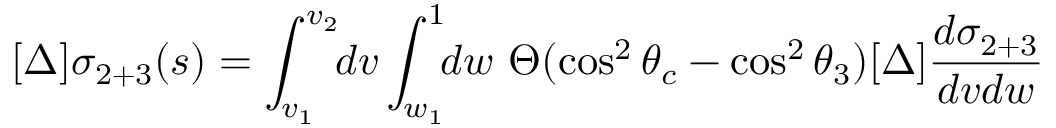
[ \Delta ] \sigma _ { 2 + 3 } ( s ) = \int _ { v _ { 1 } } ^ { v _ { 2 } } \! \! d v \int _ { w _ { 1 } } ^ { 1 } \! \! d w \, \, \Theta ( \cos ^ { 2 } \theta _ { c } - \cos ^ { 2 } \theta _ { 3 } ) [ \Delta ] \frac { d \sigma _ { 2 + 3 } } { d v d w }